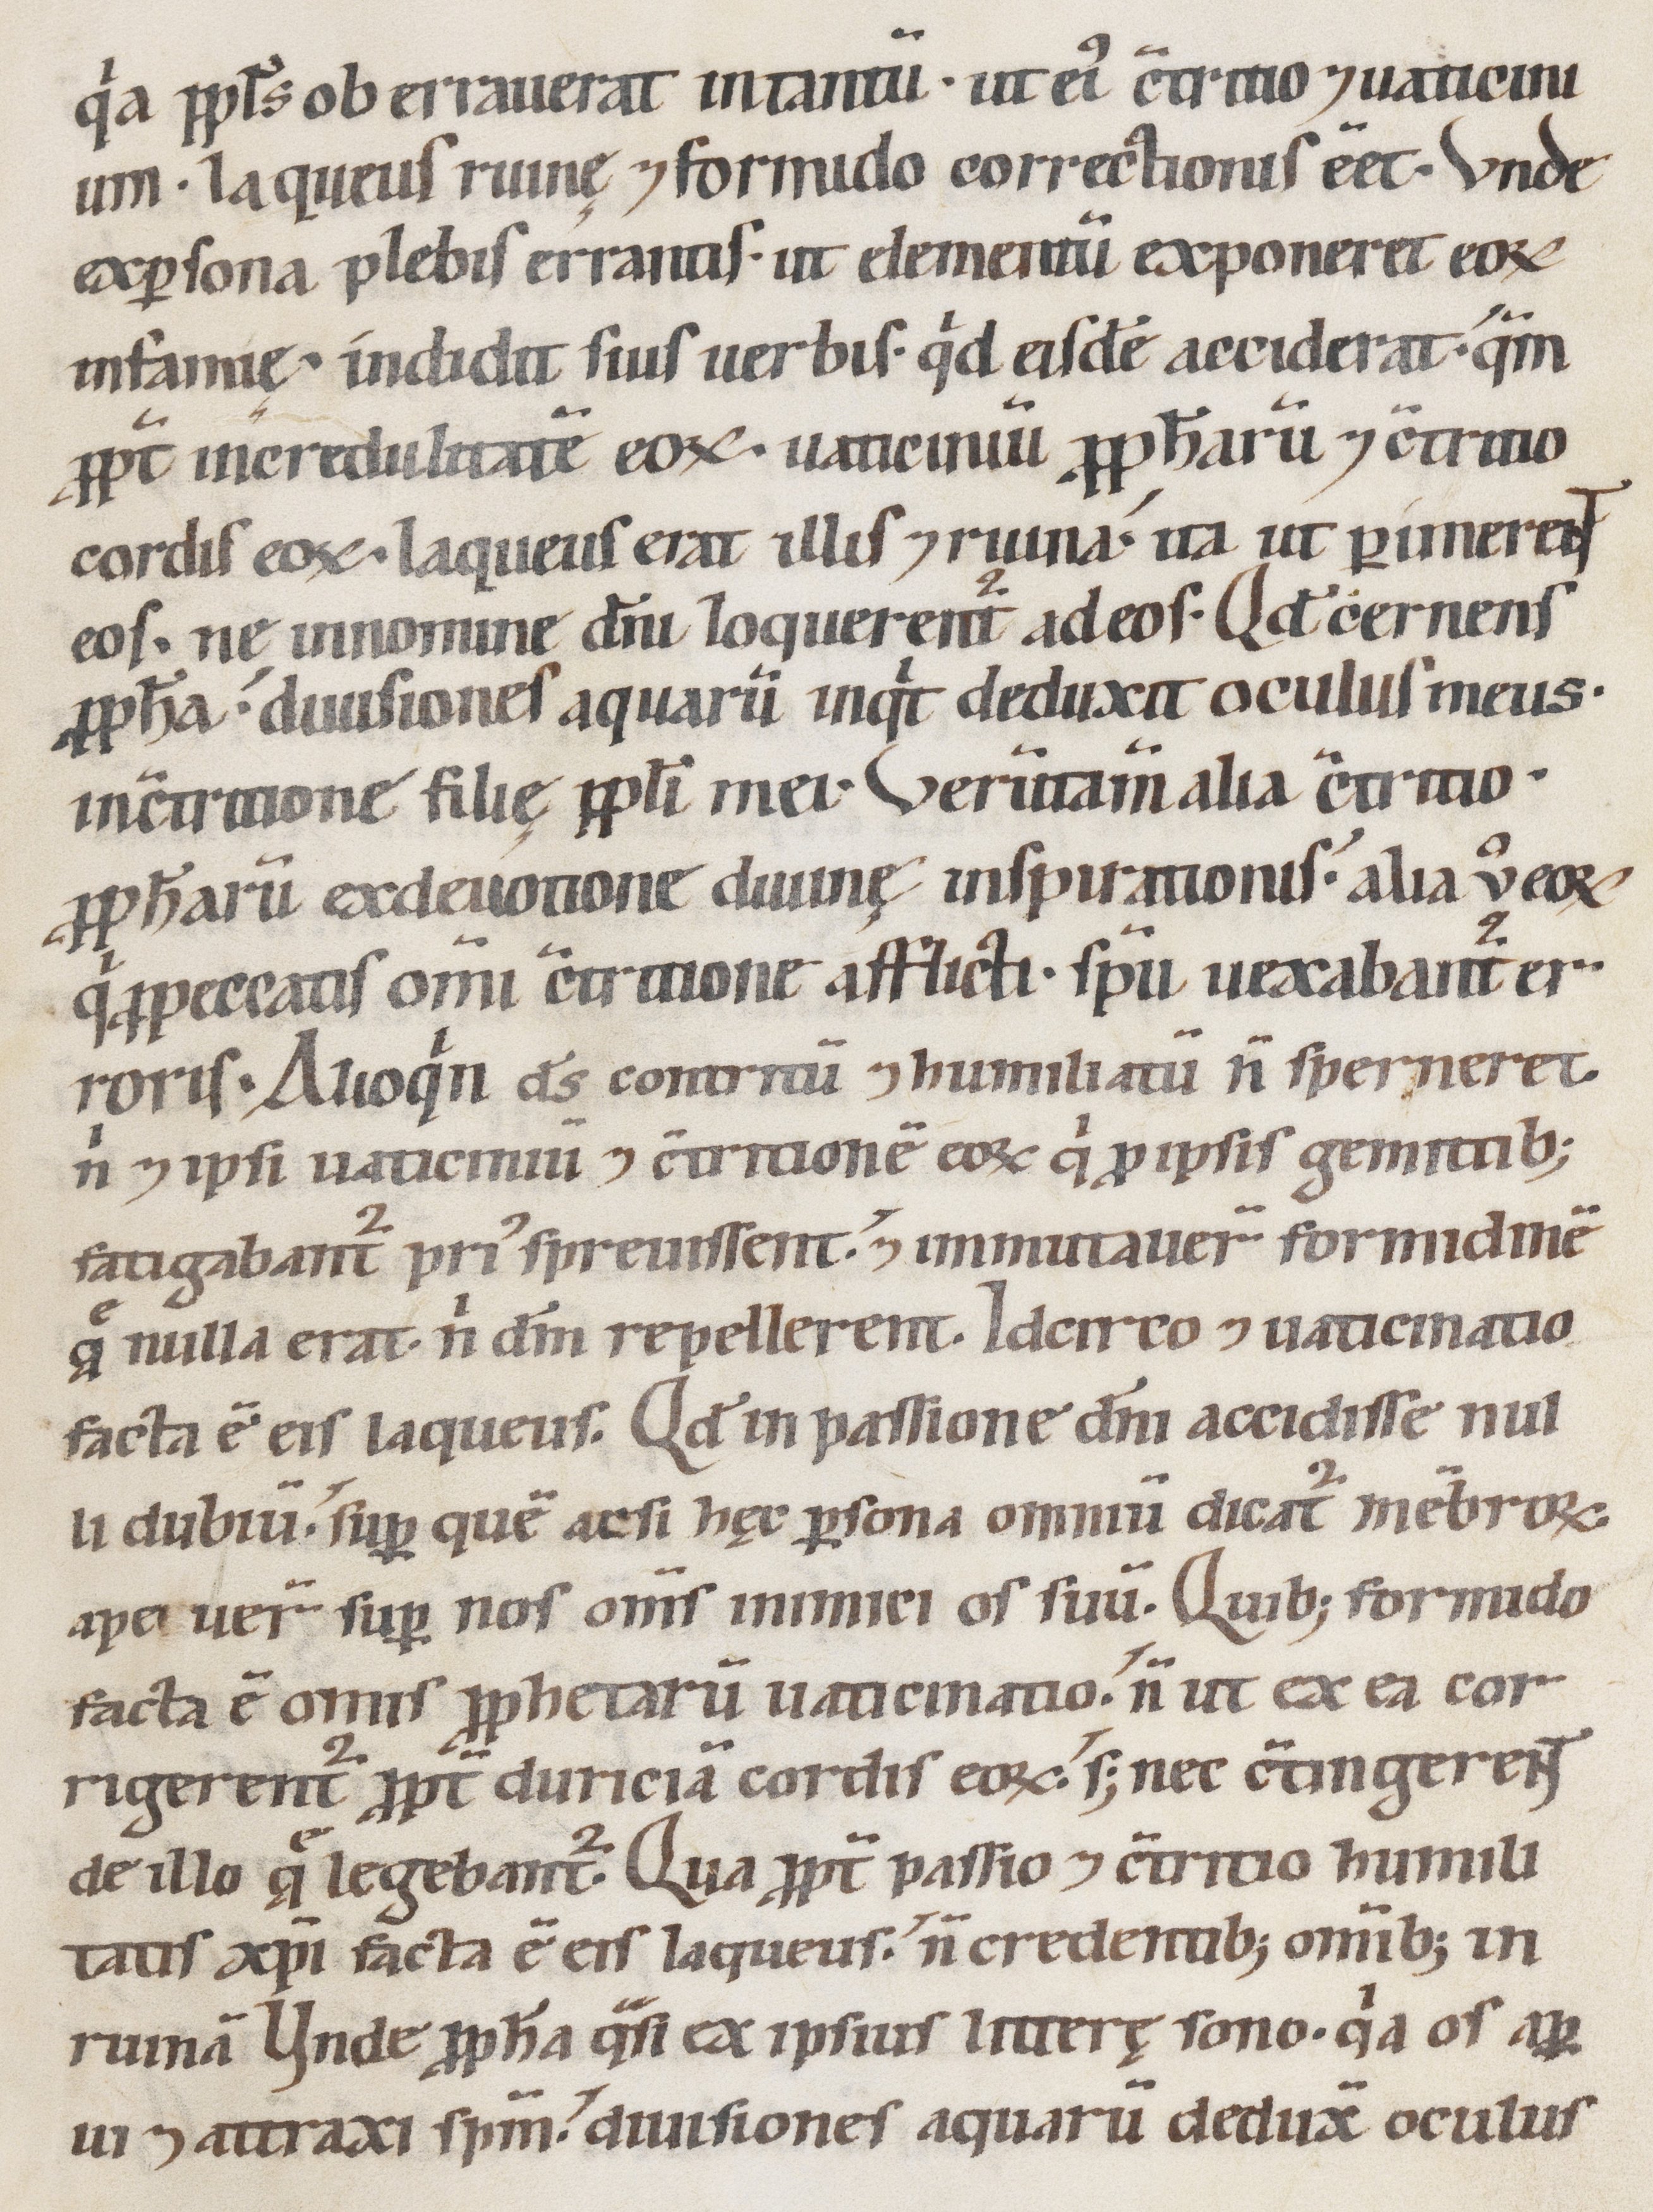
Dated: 1147–1178